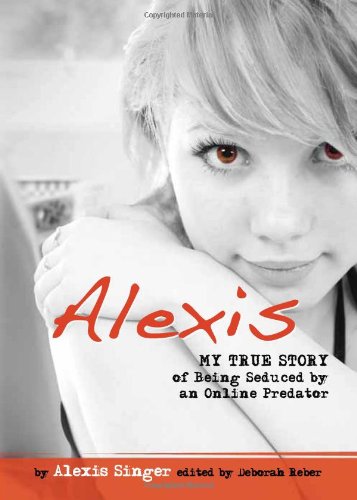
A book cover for Alexis: My True Story of Being Seduced By an Online Predator (Louder Than Words); Alexis Singer; Teen & Young Adult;